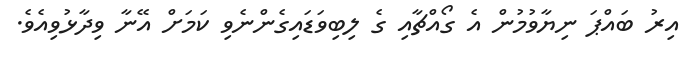
އިރު ބައްޕަ ނިޔާވުމުން އެ ގޯއްޗާއި ގެ ލިބިވަޑައިގެންނެވި ކަމަށް އޭނާ ވިދާޅުވިއެވެ.